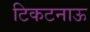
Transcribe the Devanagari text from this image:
टिकटनाऊ